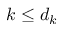
k \leq d _ { k }